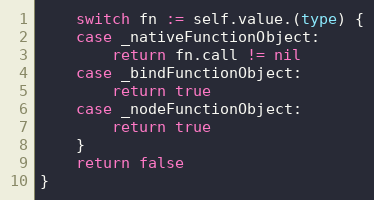
Language: Go
	switch fn := self.value.(type) {
	case _nativeFunctionObject:
		return fn.call != nil
	case _bindFunctionObject:
		return true
	case _nodeFunctionObject:
		return true
	}
	return false
}